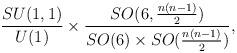
LaTeX: \begin{align*}\frac{SU(1,1)}{U(1)}\times \frac{SO(6,\frac{n(n-1)}{2})}{SO(6)\times SO(\frac{n(n-1)}{2}) },\end{align*}